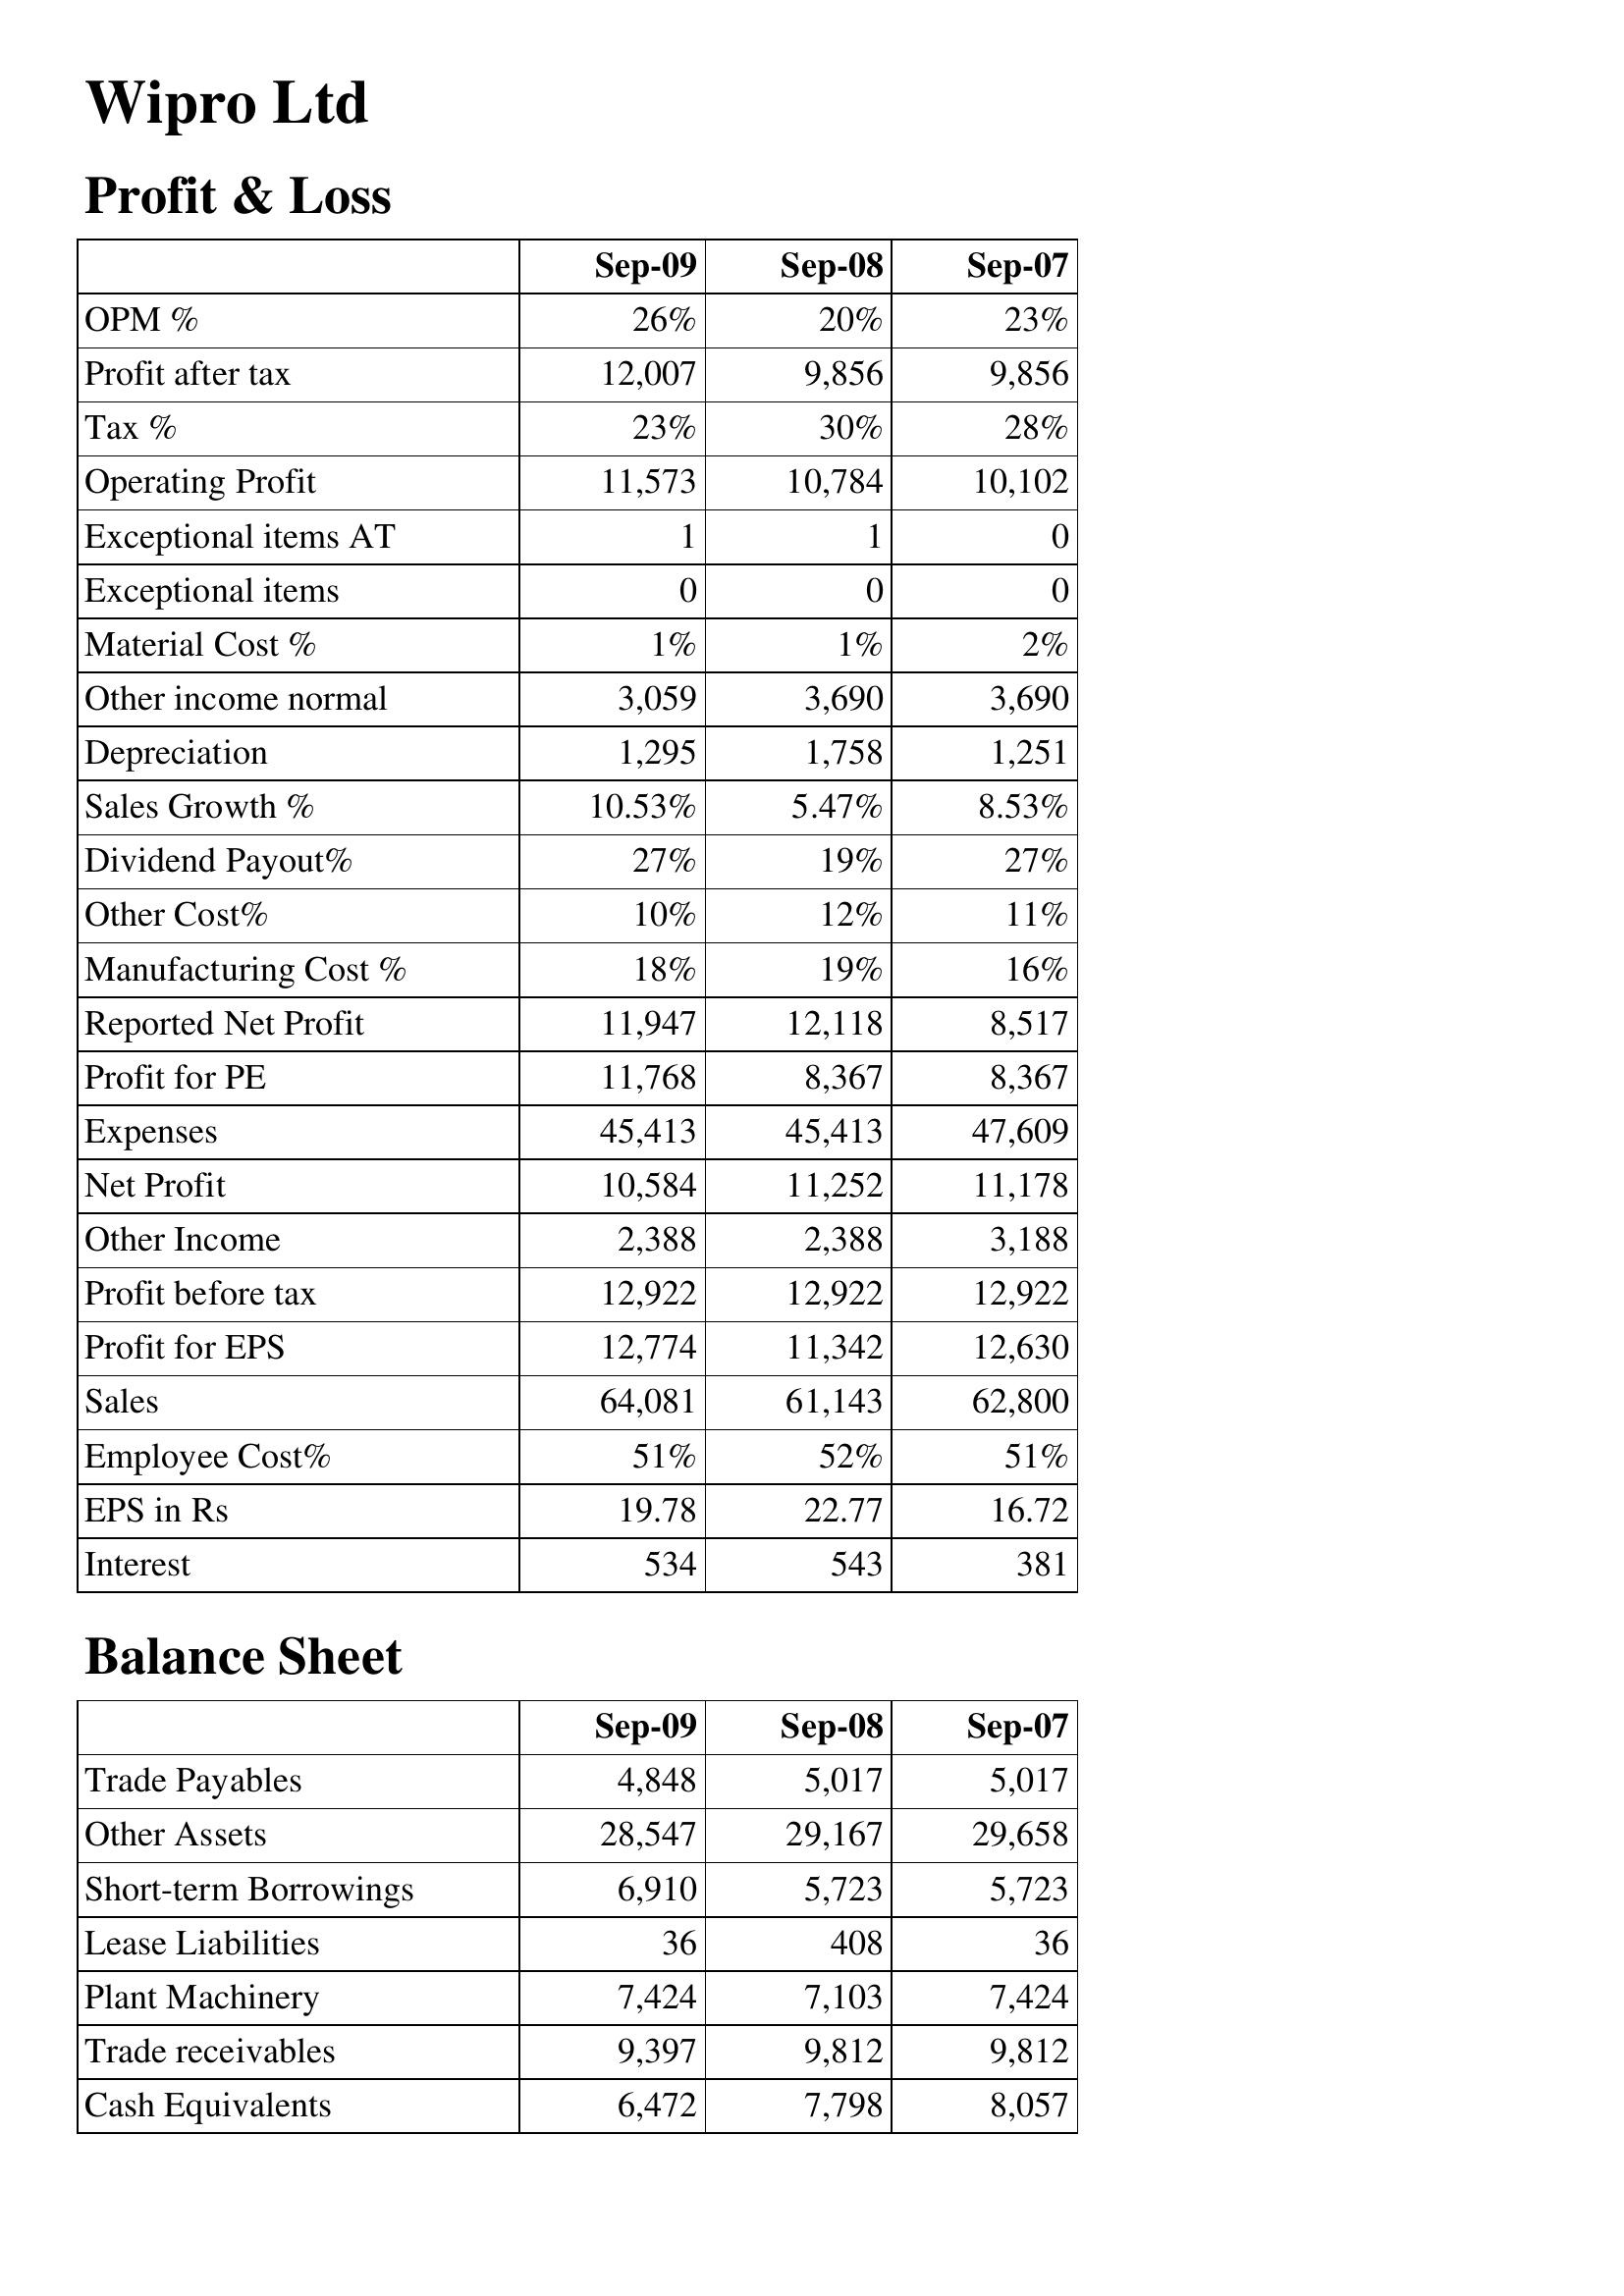
Sep-09: Profit & Loss: OPM %: 26%
Profit after tax: 12,007
Tax %: 23%
Operating Profit: 11,573
Exceptional items AT: 1
Exceptional items: 0
Material Cost %: 1%
Other income normal: 3,059
Depreciation: 1,295
Sales Growth %: 10.53%
Dividend Payout%: 27%
Other Cost%: 10%
Manufacturing Cost %: 18%
Reported Net Profit: 11,947
Profit for PE: 11,768
Expenses: 45,413
Net Profit: 10,584
Other Income: 2,388
Profit before tax: 12,922
Profit for EPS: 12,774
Sales: 64,081
Employee Cost%: 51%
EPS in Rs: 19.78
Interest: 534
Balance Sheet: Trade Payables: 4,848
Other Assets: 28,547
Short-term Borrowings: 6,910
Lease Liabilities: 36
Plant Machinery: 7,424
Trade receivables: 9,397
Cash Equivalents: 6,472
Sep-08: Profit & Loss: OPM %: 20%
Profit after tax: 9,856
Tax %: 30%
Operating Profit: 10,784
Exceptional items AT: 1
Exceptional items: 0
Material Cost %: 1%
Other income normal: 3,690
Depreciation: 1,758
Sales Growth %: 5.47%
Dividend Payout%: 19%
Other Cost%: 12%
Manufacturing Cost %: 19%
Reported Net Profit: 12,118
Profit for PE: 8,367
Expenses: 45,413
Net Profit: 11,252
Other Income: 2,388
Profit before tax: 12,922
Profit for EPS: 11,342
Sales: 61,143
Employee Cost%: 52%
EPS in Rs: 22.77
Interest: 543
Balance Sheet: Trade Payables: 5,017
Other Assets: 29,167
Short-term Borrowings: 5,723
Lease Liabilities: 408
Plant Machinery: 7,103
Trade receivables: 9,812
Cash Equivalents: 7,798
Sep-07: Profit & Loss: OPM %: 23%
Profit after tax: 9,856
Tax %: 28%
Operating Profit: 10,102
Exceptional items AT: 0
Exceptional items: 0
Material Cost %: 2%
Other income normal: 3,690
Depreciation: 1,251
Sales Growth %: 8.53%
Dividend Payout%: 27%
Other Cost%: 11%
Manufacturing Cost %: 16%
Reported Net Profit: 8,517
Profit for PE: 8,367
Expenses: 47,609
Net Profit: 11,178
Other Income: 3,188
Profit before tax: 12,922
Profit for EPS: 12,630
Sales: 62,800
Employee Cost%: 51%
EPS in Rs: 16.72
Interest: 381
Balance Sheet: Trade Payables: 5,017
Other Assets: 29,658
Short-term Borrowings: 5,723
Lease Liabilities: 36
Plant Machinery: 7,424
Trade receivables: 9,812
Cash Equivalents: 8,057